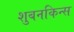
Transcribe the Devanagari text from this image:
शुबनकिन्स